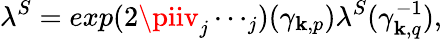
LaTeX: \lambda^{S}=exp(2\piiv_{j}\cdots_{j})({\gamma}_{\mathbf{k},p})\lambda^{S}({\gamma}_{\mathbf{k},q}^{-1}),